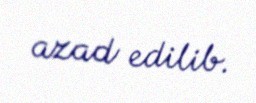
azad edilib.